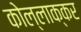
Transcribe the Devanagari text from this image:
कोल्लाक्कर